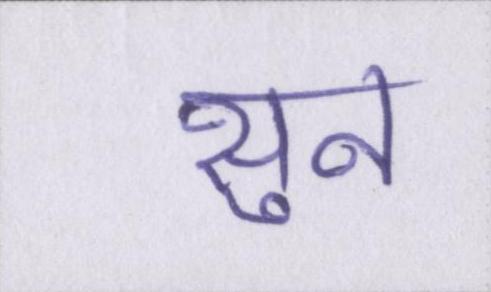
सुन